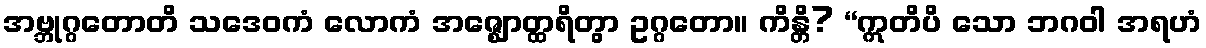
အဗ္ဘုဂ္ဂတောတိ သဒေဝကံ လောကံ အဇ္ဈောတ္ထရိတွာ ဥဂ္ဂတော။ ကိန္တိ? “ဣတိပိ သော ဘဂဝါ အရဟံ